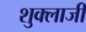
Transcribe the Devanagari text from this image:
शुक्लाजी